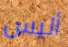
أليس